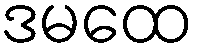
ဒမထေ